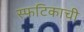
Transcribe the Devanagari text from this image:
स्फटिकाची